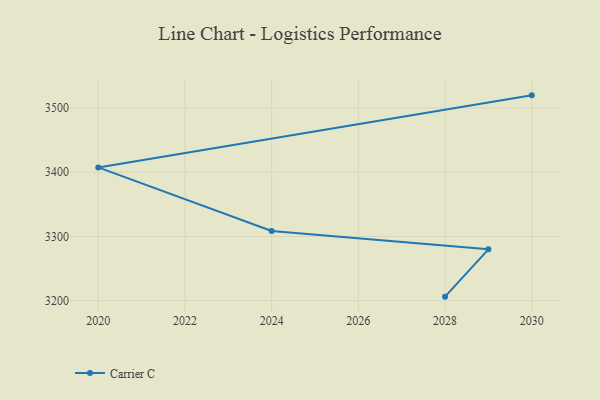
{"axis": {"x": "Year", "y": "Churn Rate (%)"}, "legend": ["Carrier C"], "data": [{"x": "2030", "y": 3519.7, "type": "Carrier C"}, {"x": "2020", "y": 3407.5, "type": "Carrier C"}, {"x": "2024", "y": 3308.4, "type": "Carrier C"}, {"x": "2029", "y": 3279.9, "type": "Carrier C"}, {"x": "2028", "y": 3206.2, "type": "Carrier C"}]}